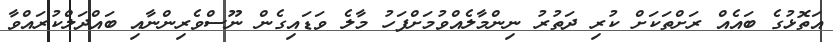
އަތޮޅުގެ ބައެއް ރަށްތަކަށް ކުރި ދަތުރު ނިންމާލެއްވުމަށްފަހު މާލެ ވަޑައިގެން ނޫސްވެރިންނާއި ބައްދަލްކުރައްވާ